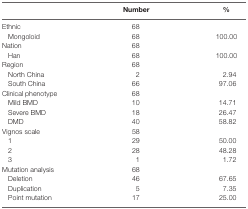
|  | Number | % |
 | --- | --- | --- |
 | Ethnic | 68 |  |
 | Mongoloid | 68 | 100.00 |
 | Nation | 68 |  |
 | Han | 68 | 100.00 |
 | Region | 68 |  |
 | North China | 2 | 2.94 |
 | South China | 66 | 97.06 |
 | Clinical phenotype | 68 |  |
 | Mild BMD | 10 | 14.71 |
 | Severe BMD | 18 | 26.47 |
 | DMD | 40 | 58.82 |
 | Vignos scale | 58 |  |
 | 1 | 29 | 50.00 |
 | 2 | 28 | 48.28 |
 | 3 | 1 | 1.72 |
 | Mutation analysis | 68 |  |
 | Deletion | 46 | 67.65 |
 | Duplication | 5 | 7.35 |
 | Point mutation | 17 | 25.00 |